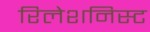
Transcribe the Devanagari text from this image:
रिलेशनिस्ट